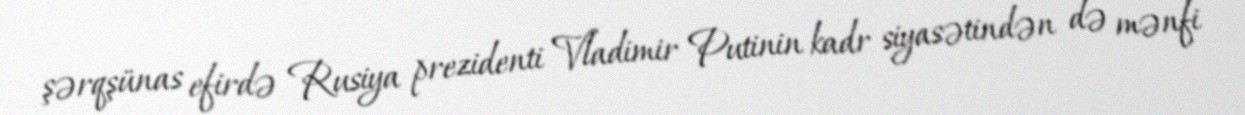
şərqşünas efirdə Rusiya prezidenti Vladimir Putinin kadr siyasətindən də mənfi